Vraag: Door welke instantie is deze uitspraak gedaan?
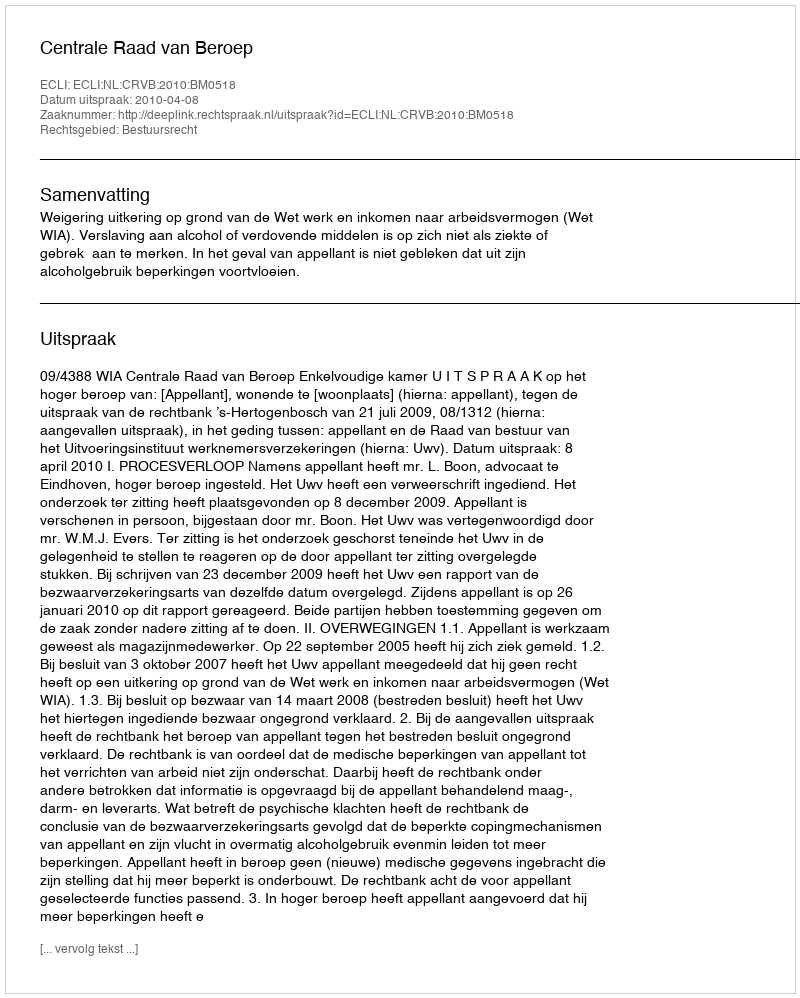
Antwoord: Centrale Raad van Beroep